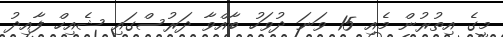
މީގެ އިތުރުން މެއި 15 ވަނަ ދުވަހު ބާއްވާ ދަރުސްގައި ޝެއިހް ފާއިދު